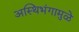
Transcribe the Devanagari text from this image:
अस्थिभंगामुळे